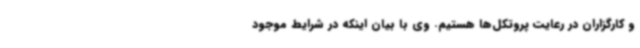
و کارگزاران در رعایت پروتکل‌ها هستیم. وی با بیان اینکه در شرایط موجود